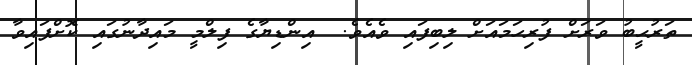
ތަރުޙީބު ވަރަށް ފުރިހަމައަށް ލިބިފައި ވެއެވެ.  އިންޑިޔާގެ ފިލްމީ މައިދާނުގައި ކޮށްފައިވާ